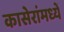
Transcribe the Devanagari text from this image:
कासेरांमध्यें